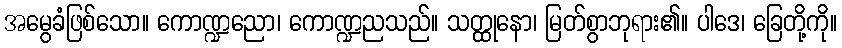
အမွေခံဖြစ်သော။ ကောဏ္ဍညော၊ ကောဏ္ဍညသည်။ သတ္ထုနော၊ မြတ်စွာဘုရား၏။ ပါဒေ၊ ခြေတို့ကို။